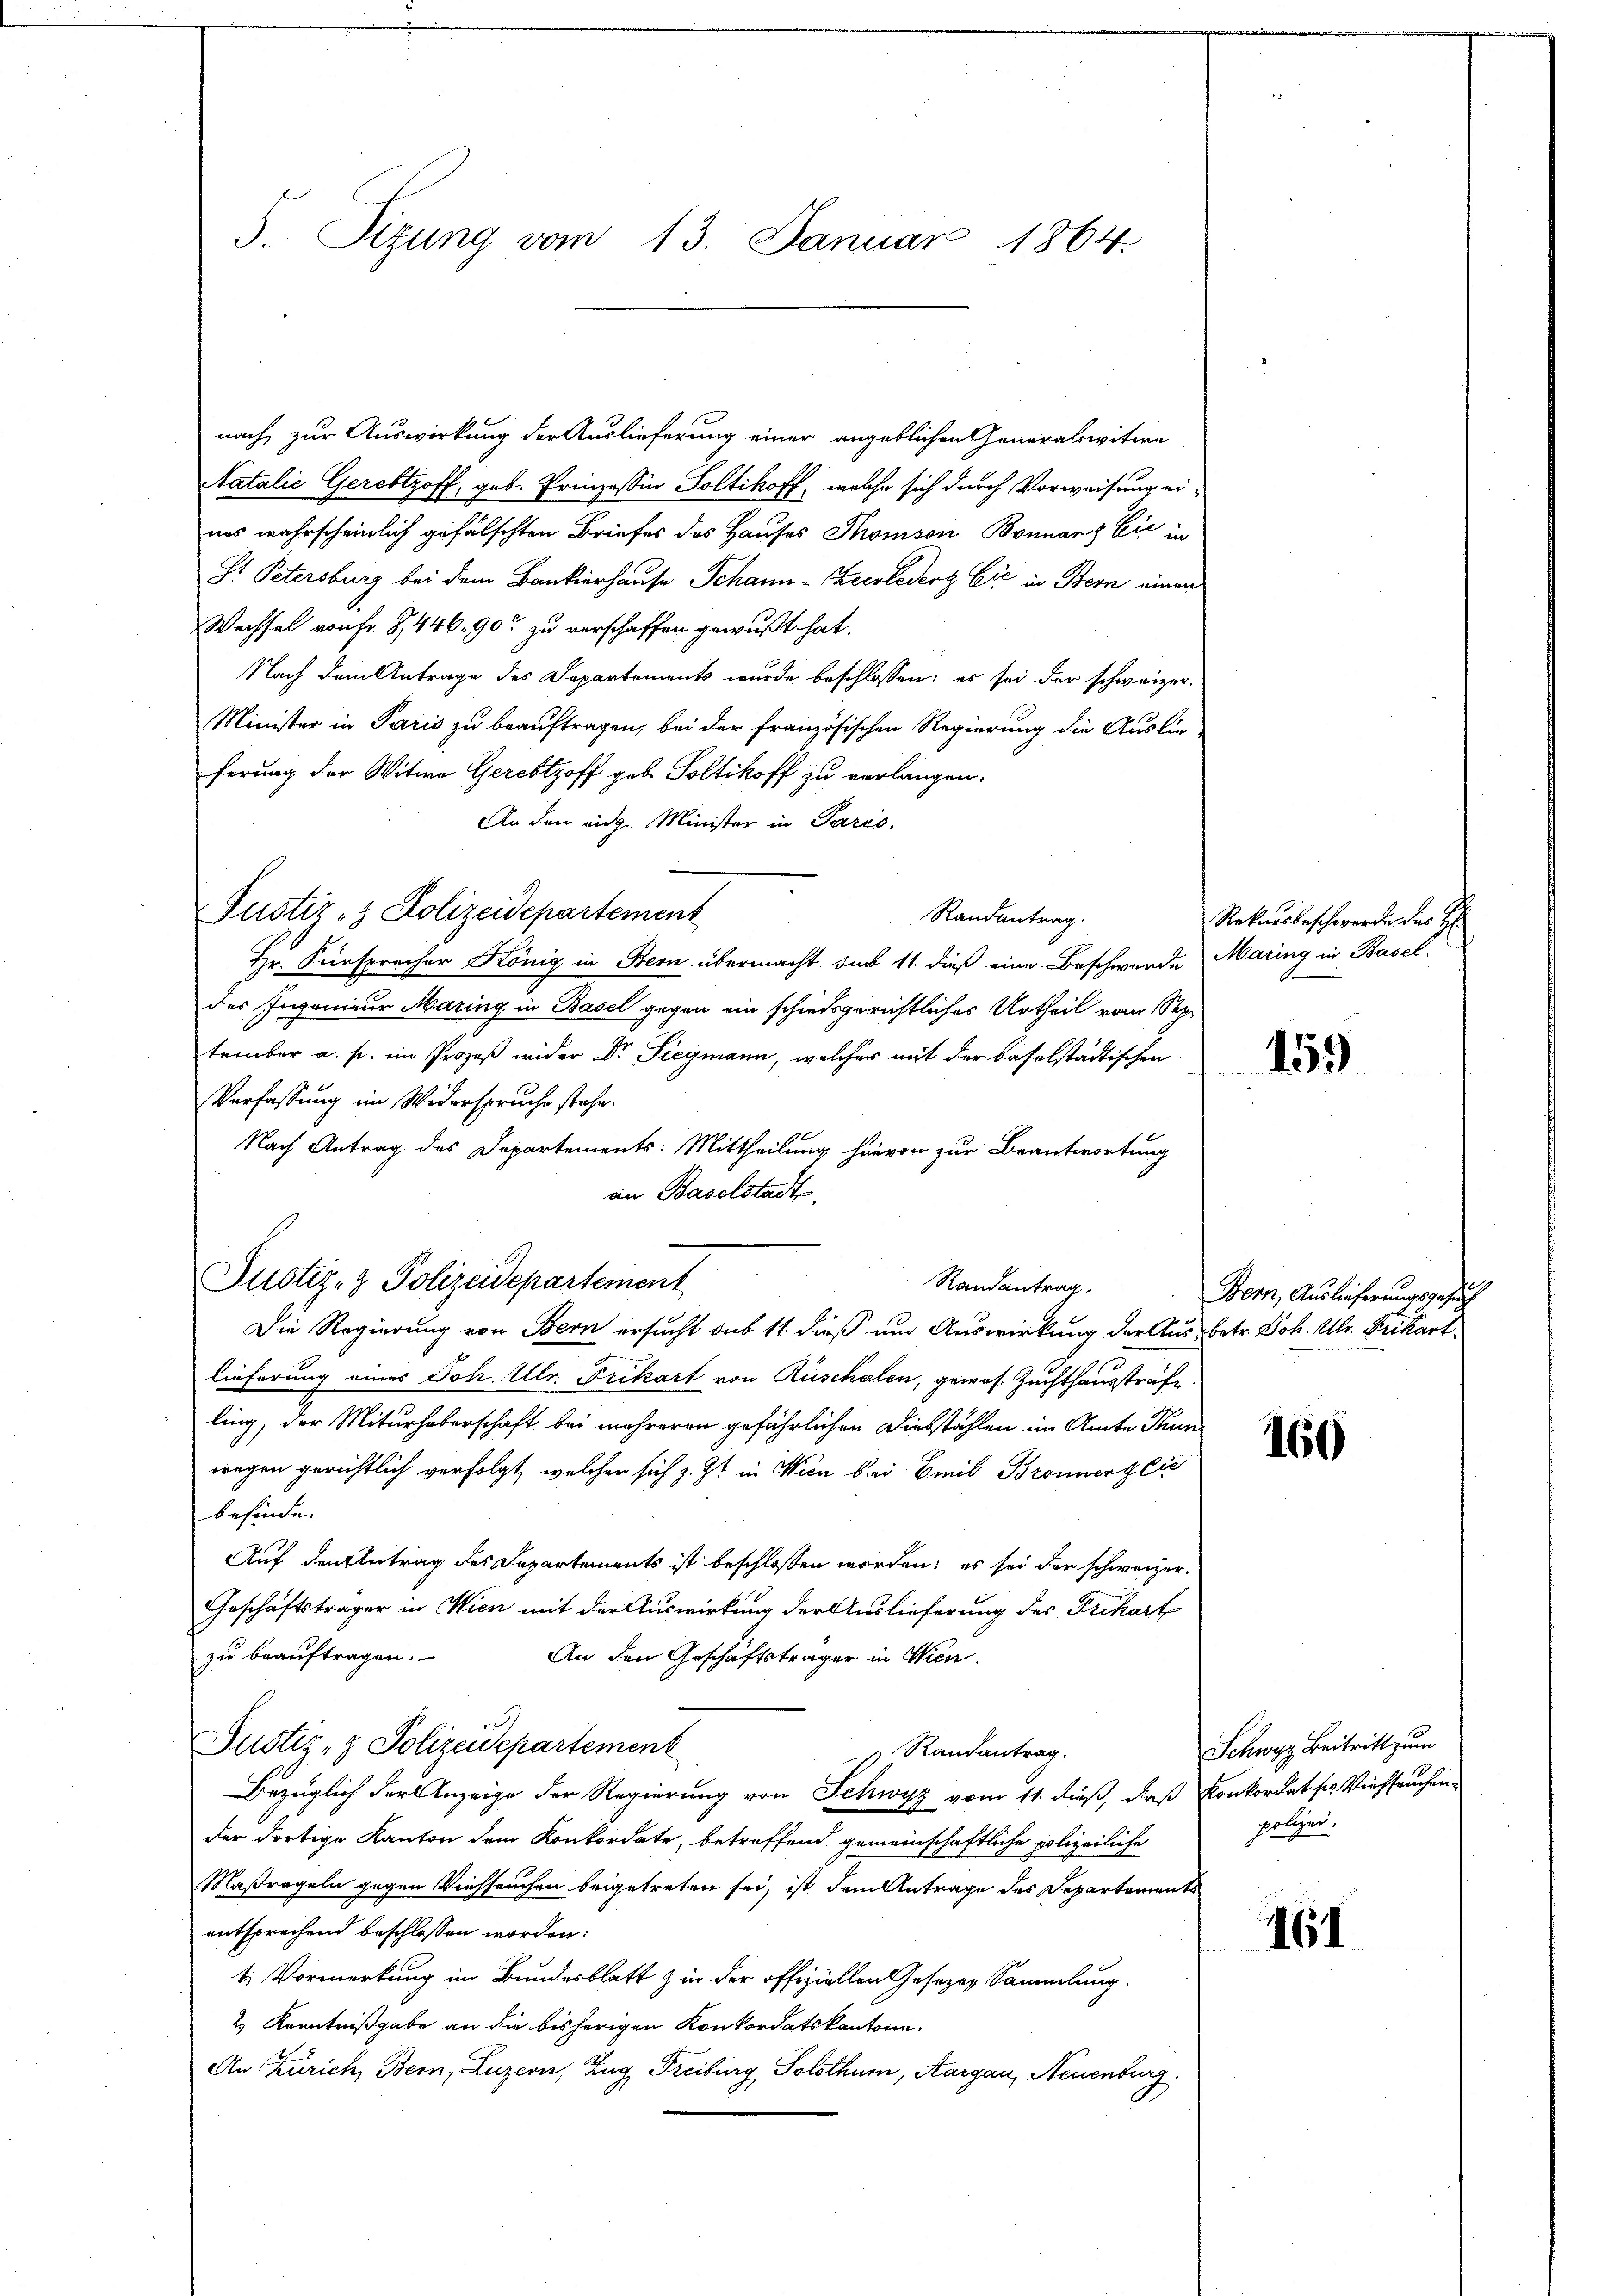
5. Sizung vom 13. Januar 1864.

nach zur Auswirkung der Auslieferung einer angeblichen Generalswitwe
Natalie Geredtzoff, geb. Prinzessin Soltikoff, welche sich durch Vorweisung eiuns wahrscheinlich gefälschten Briefes des Hauses Thomson Bonnar & Cie in
St Petersburg bei dem Bankierhause Schann-Zeerledert Ei in Bern einen
Wechsel von Fr. 8,446. 90 zu verschaffen gewußt hat.
Nach dem Antrage des Departements wurde beschlossen: es sei der schweizer¬
Minister in Paris zu beauftragen, bei der französischen Regierung die Auslie-
ferung der Witwe Gercbtzoff geb. Soltikoff zu verlangen.
An den eidg. Minister in Paris.
Randantrag.
Hr. Fürspracher König in Bern übermacht sub 11. dieß eine Beschwerde
des Ingenieur Maring in Basel gegen ein schiedsgerichtliches Urtheil vom September a. s. im Prozeß wider Dr. Siegmann, welcher mit der baselstädtischen
Verfassung im Widerspruche stehe.
Nach Antrag des Departements: Mittheilung hievon zur Beantwortung
an Baselstadt
Randantrag
Die Regierung von Bern ersucht sub 11 dieß und Auswirkung der Aus- betr. Joh. Ulr. Brikart
lieferung eines Joh. Ulr. Frikart von Rüschelen, gewos. Zuchthausstrafe
ling, der Miturheberschaft bei mehreren gefährlichen Diebstählen im Amte Thun
rragen gerichtlich verfolgt, welcher sich z. Zt. in Wien bei Freib Bronner Cic
befinde.
Auf den Antrag des Departements ist beschlossen worden; es sei der schweizer¬
Geschäftsträger in Wien mit der Auswirkung der Auslieferung des Frikart
zu beauftragen.
An den Geschäftsträger in Wien.
Justiz- & Polizeidepartement
 Randantrag.
Bezüglich der Anzeige der Regierung von Schwyz vom 11. dieß, daß Konkordat ses Viehseuchender dortige Kanton dem Konkordate, betreffend gemeinschaftliche polizeiliche
Maßregeln gegen Viehseuchen beigetreten sei, ist dem Antrage des Departements
entsprechend beschlossen worden:
t. Vormerkung im Bundesblatt & in der offiziellen Gesezen Sammlung.
2.) Kenntnißgabe an die bisherigen Konkordatskantone.
An Zürich, Bern, Luzern, Zug, Freiburg Solothurn, Aargau, Neuenburg.

Pustiz- & Polizeidepartement

Justiz- & Polizeidepartement

Rekursbeschwerde des H:
Maring in Basel.

159

Bern, Auslieferungsgesuch

160

Schwyz Beitritt zum
polizei.

161